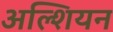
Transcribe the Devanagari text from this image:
अल्शियन